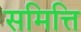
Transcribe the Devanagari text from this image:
समित्ति